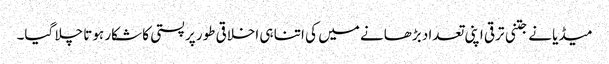
میڈیا نے جتنی ترقی اپنی تعداد بڑھانے میں کی اتنا ہی اخلاقی طور پر پستی کا شکار ہوتا چلا گیا۔